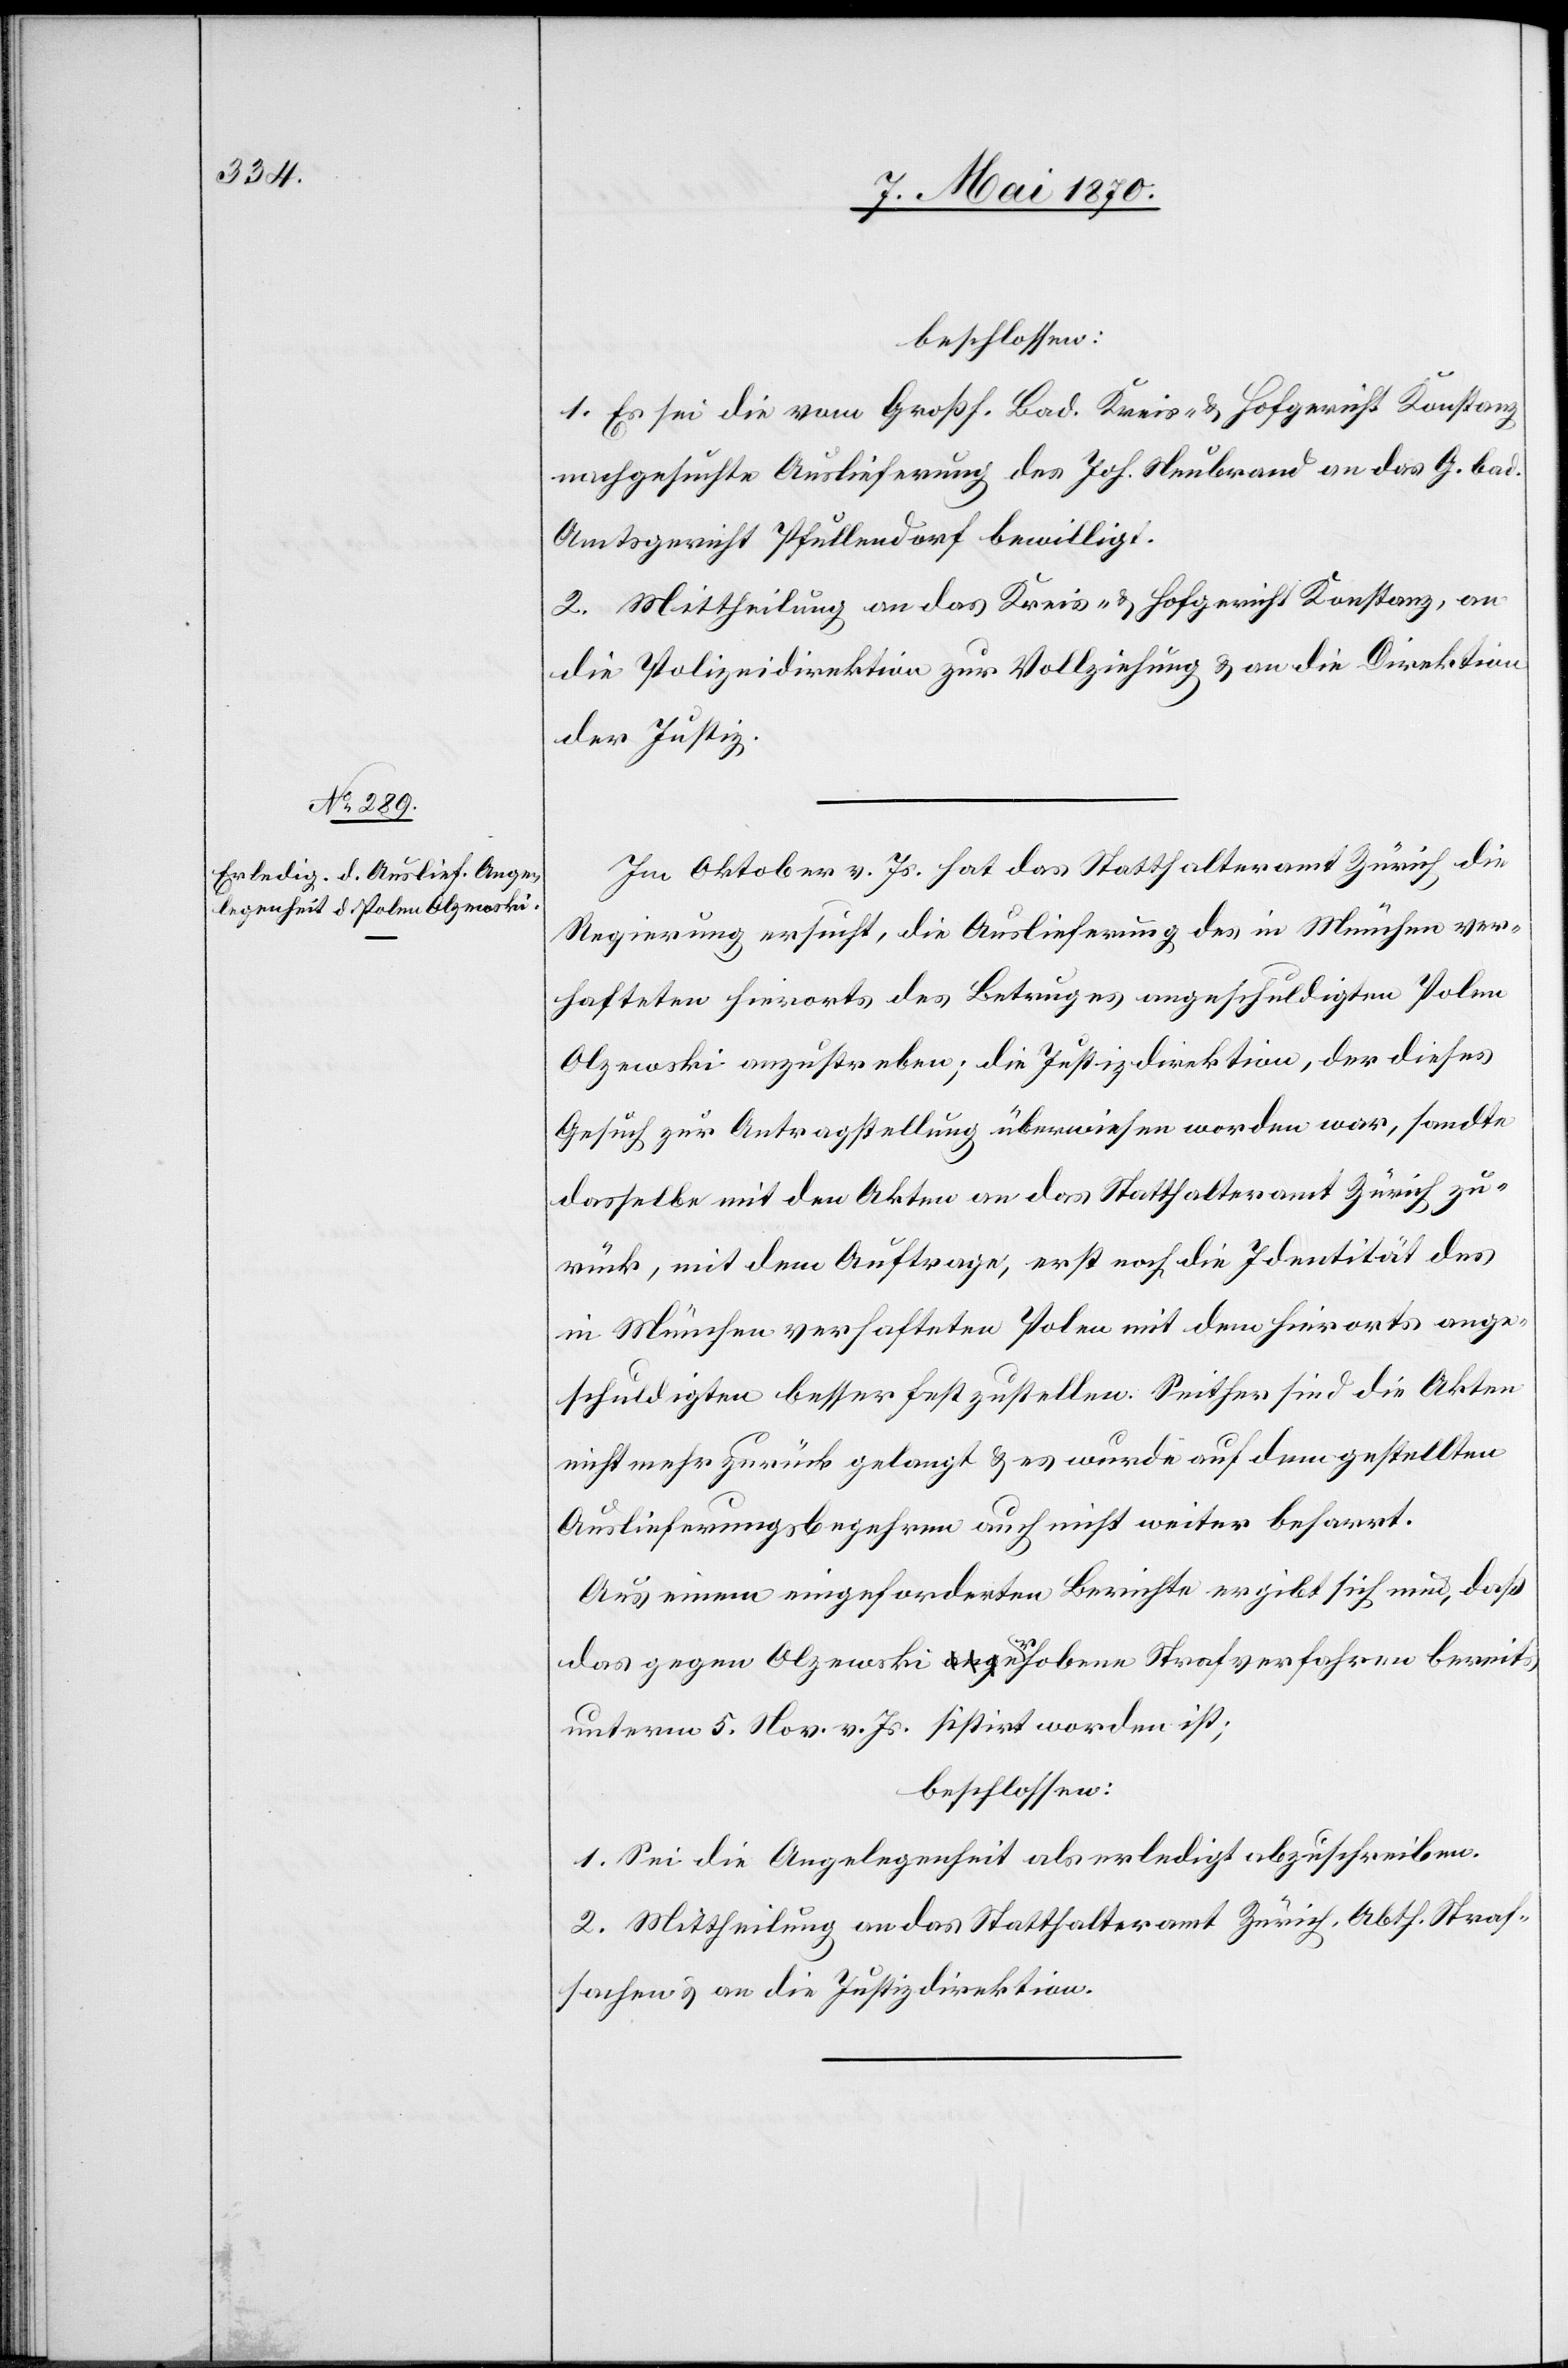
beschlossen:
1. Es sei die vom Großh. Bad. Kreis- & Hofgericht Konstanz
nachgesuchte Auslieferung des Joh. Neubrand an das G. bad.
Amtsgericht Pfullendorf bewilligt.
2. Mittheilung an das Kreis- & Hofgericht Konstanz, an
die Polizeidirektion zur Vollziehung & an die Direktion
der Justiz.
Im Oktober vor. Js. hat das Statthalteramt Zürich die
Regierung ersucht, die Auslieferung des in München ver¬
hafteten hierorts des Betruges angeschuldigten Polen
dasselbe mit den Akten an das Statthalteramt Zürich zu¬
rück, mit dem Auftrage, erst noch die Identität des
in München verhafteten Polen mit dem hierorts ange¬
schuldigten besser festzustellen. Seither sind die Akten
nicht mehr zurück gelangt & es wurde auf dem gestellten
Auslieferungsbegehren auch nicht weiter beharrt.
Aus einem eingeforderten Berichte ergibt sich nun, daß
das gegen Olzewski erhobene Strafverfahren bereits
unterm 5. Nov. vor. Js. sistirt worden ist;
beschlossen:
1. Sei die Angelegenheit als erledigt abzuschreiben.
2. Mittheilung an das Statthalteramt Zürich, Abth. Straf¬
sachen & an die Justizdirektion.